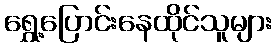
ရွှေ့ပြောင်းနေထိုင်သူများ